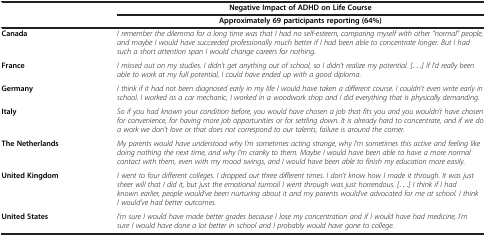
|  | Negative Impact of ADHD on Life Course |
 |  | Approximately 69 participants reporting (64%) |
 | --- | --- |
 | Canada | I remember the dilemma for a long time was that I had no self-esteem, comparing myself with other “normal” people, and maybe I would have succeeded professionally much better if I had been able to concentrate longer. But I had such a short attention span I would change careers for nothing. |
 | France | I missed out on my studies. I didn’t get anything out of school, so I didn’t realize my potential. [...] If I’d really been able to work at my full potential, I could have ended up with a good diploma. |
 | Germany | I think if it had not been diagnosed early in my life I would have taken a different course. I couldn’t even write early in school. I worked as a car mechanic, I worked in a woodwork shop and I did everything that is physically demanding. |
 | Italy | So if you had known your condition before, you would have chosen a job that fits you and you wouldn’t have chosen for convenience, for having more job opportunities or for settling down. It is already hard to concentrate, and if we do a work we don’t love or that does not correspond to our talents, failure is around the corner. |
 | The Netherlands | My parents would have understood why I’m sometimes acting strange, why I’m sometimes this active and feeling like doing nothing the next time, and why I’m cranky to them. Maybe I would have been able to have a more normal contact with them, even with my mood swings, and I would have been able to finish my education more easily. |
 | United Kingdom | I went to four different colleges. I dropped out three different times. I don’t know how I made it through. It was just sheer will that I did it, but just the emotional turmoil I went through was just horrendous. [...] I think if I had known earlier, people would’ve been nurturing about it and my parents would’ve advocated for me at school. I think I would’ve had better outcomes. |
 | United States | I'm sure I would have made better grades because I lose my concentration and if I would have had medicine, I’m sure I would have done a lot better in school and I probably would have gone to college. |